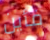
فأين